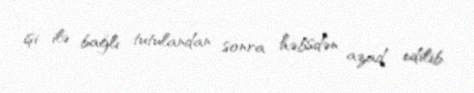
işi ilə bağlı tutulandan sonra həbsdən azad edilib.